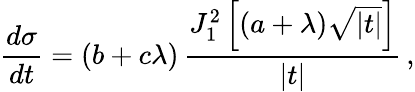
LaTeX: \frac{d\sigma}{dt}=(b+c\lambda)\, \frac{J_{1}^{2}\left[(a+\lambda)\sqrt{|t|}\right]}{|t|}\, ,